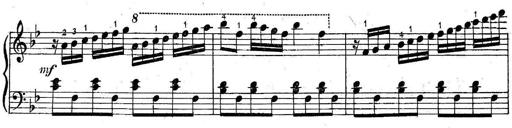
Title: 6 Easy Sonatinas
Composer: Carl Czerny